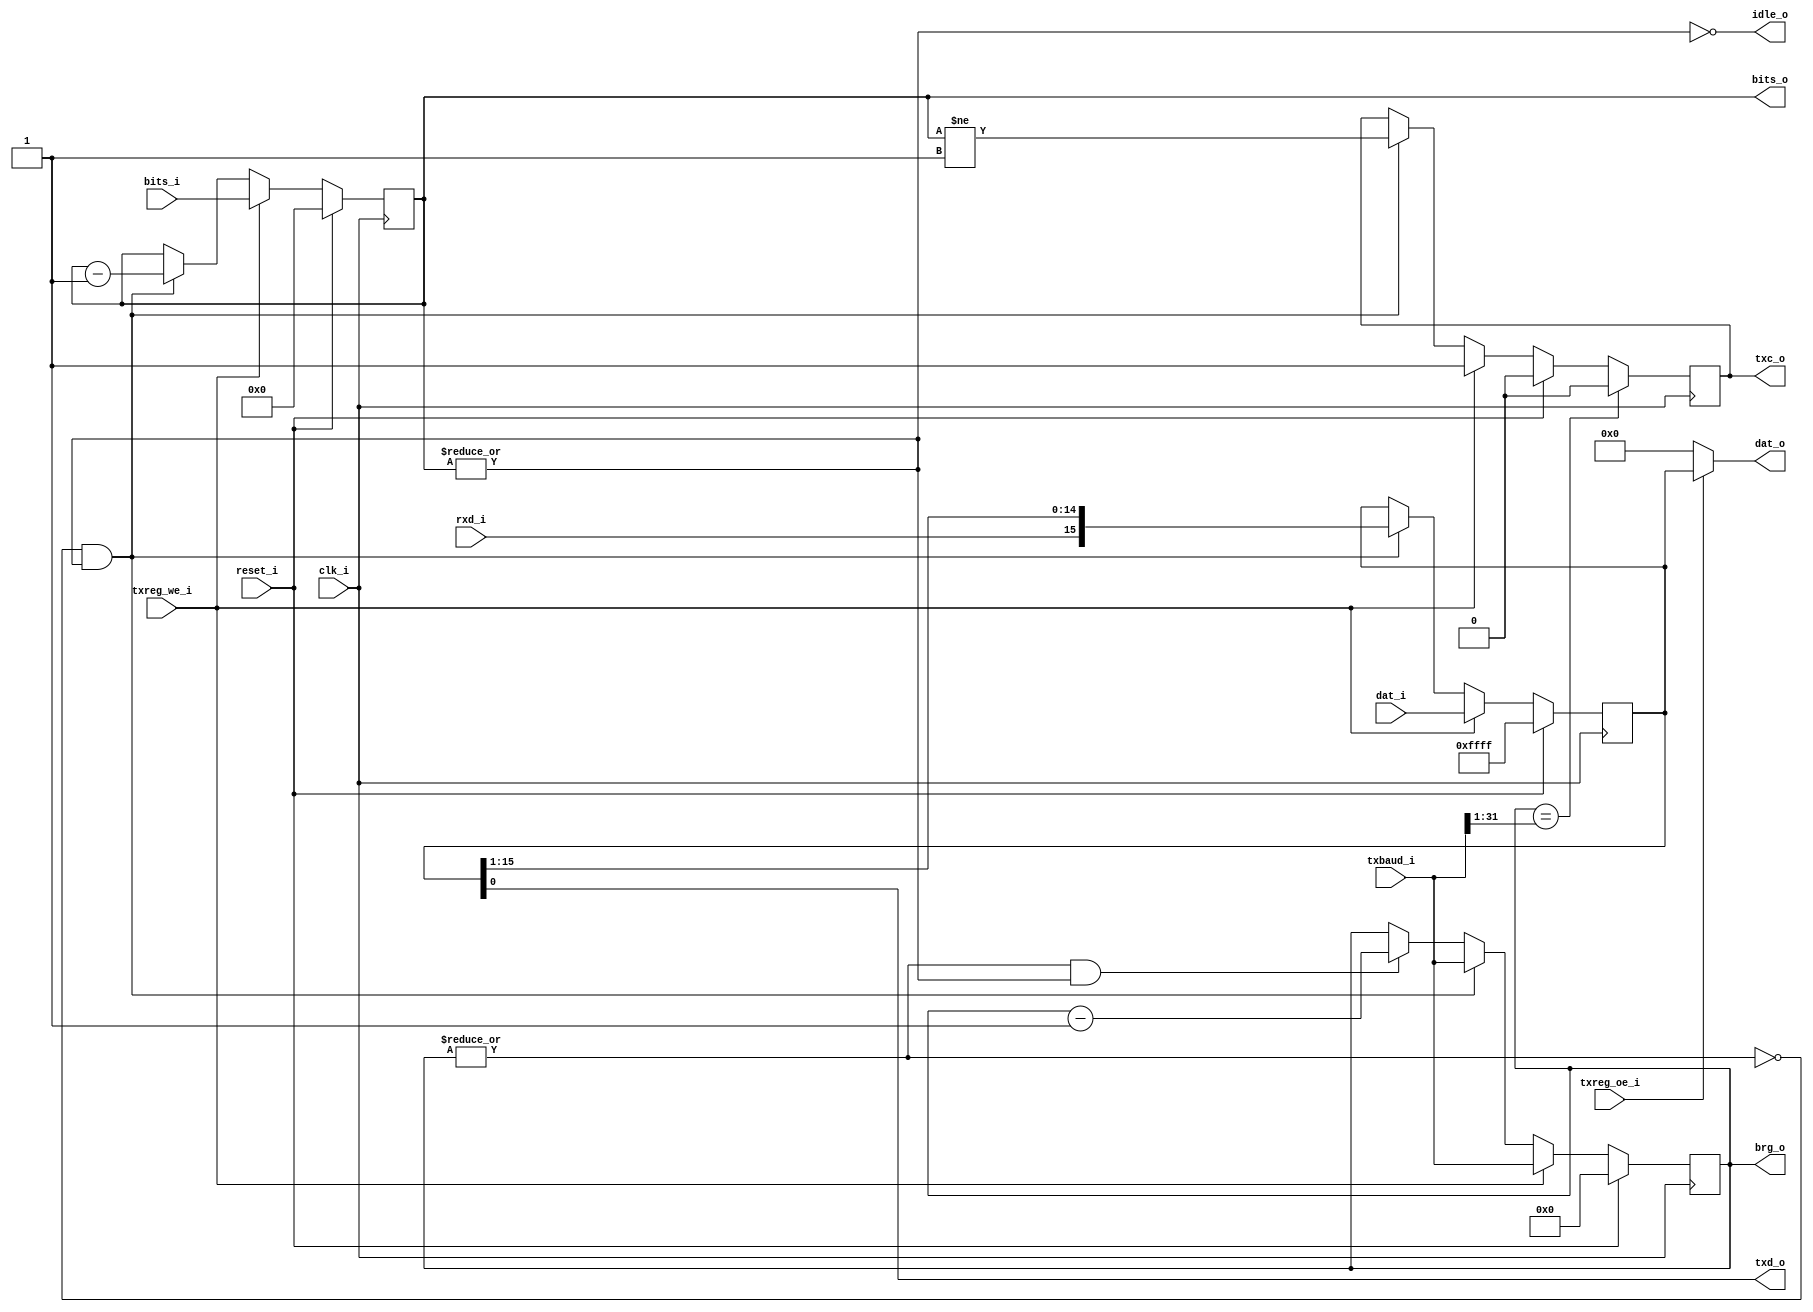
module sia_transmitter(
	input		clk_i,
	input		reset_i,

	input		rxd_i,
	input	[SRW:0]	dat_i,

	input		txreg_we_i,
	input		txreg_oe_i,
	input	[BRW:0]	txbaud_i,
	input	[BW:0]	bits_i,

	output		txd_o,
	output		txc_o,
	output		idle_o,
	output	[BRW:0]	brg_o,
	output	[BW:0]	bits_o,
	output	[SRW:0]	dat_o
);
	parameter	SHIFT_REG_WIDTH = 16;
	parameter	BAUD_RATE_WIDTH = 32;
	parameter	BITS_WIDTH = 5;

	parameter	SRW = SHIFT_REG_WIDTH - 1;
	parameter	BRW = BAUD_RATE_WIDTH - 1;
	parameter	BW = BITS_WIDTH - 1;

	reg	[BW:0]	bits_o;
	reg	[BRW:0]	brg_o;
	reg	[SRW:0]	shift_register;
	reg		txc_o;

	assign		txd_o = shift_register[0];
	assign		idle_o = ~|bits_o;

	wire		txreg_shift = ~|brg_o;
	wire	[BRW:1]	halfbit = txbaud_i[BRW:1];

	assign		dat_o = (txreg_oe_i ? shift_register : 0);

	always @(posedge clk_i) begin
		shift_register <= shift_register;
		brg_o <= brg_o;
		txc_o <= txc_o;
		bits_o <= bits_o;

		if(reset_i) begin
			shift_register <= ~0;
			brg_o <= 0;
			txc_o <= 0;
			bits_o <= 0;
		end

		else if(txreg_we_i) begin
			brg_o <= txbaud_i;
			txc_o <= 1;
			shift_register <= dat_i;
			bits_o <= bits_i;
		end

		else begin
			if(txreg_shift & ~idle_o) begin
				brg_o <= txbaud_i;
				txc_o <= (bits_o != 1);
				shift_register <= {rxd_i, shift_register[SRW:1]};
				bits_o <= bits_o - 1;
			end
			else if(~txreg_shift & ~idle_o) begin
				brg_o <= brg_o - 1;
			end
		end

		if(brg_o == {1'b0, halfbit}) begin
			txc_o <= 0;
		end
	end
endmodule